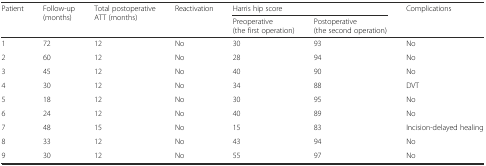
| <ROWSPAN=2> Patient | <ROWSPAN=2> Follow-up (months) | <ROWSPAN=2> Total postoperative ATT (months) | <ROWSPAN=2> Reactivation | <COLSPAN=2> Harris hip score | <ROWSPAN=2> Complications |
 | Preoperative (the first operation) | Postoperative (the second operation) |
 | --- | --- | --- | --- | --- | --- | --- |
 | 1 | 72 | 12 | No | 30 | 93 | No |
 | 2 | 60 | 12 | No | 28 | 94 | No |
 | 3 | 45 | 12 | No | 40 | 90 | No |
 | 4 | 30 | 12 | No | 34 | 88 | DVT |
 | 5 | 18 | 12 | No | 30 | 95 | No |
 | 6 | 24 | 12 | No | 40 | 89 | No |
 | 7 | 48 | 15 | No | 15 | 83 | Incision-delayed healing |
 | 8 | 33 | 12 | No | 43 | 94 | No |
 | 9 | 30 | 12 | No | 55 | 97 | No |